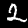
Label: 2